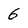
Character: 6